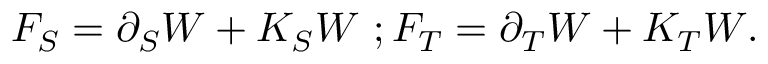
F _ { S } = \partial _ { S } W + K _ { S } W \, \, ; F _ { T } = \partial _ { T } W + K _ { T } W .